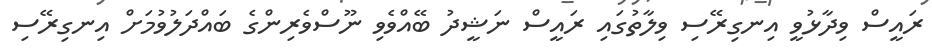
ރައީސް ވިދާޅުވީ އިނގިރޭސި ވިލާތުގައި ރައީސް ނަޝީދު ބޭއްވެވި ނޫސްވެރިންގެ ބައްދަލުވުމަށް އިނގިރޭސި